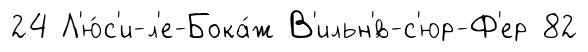
24 Л'ю́с'и-л'е-Бока́ж В'ильн'́в-с'юр-Ф'ер 82